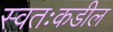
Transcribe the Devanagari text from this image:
स्वतःकडील